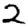
Digit: 2